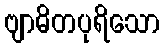
ဗျာဓိတပုရိသော